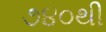
૭૪૦થી